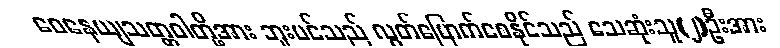
ဝေနေယျသတ္တဝါတို့အား ဘူးပင်သည် လွတ်မြောက်စေနိုင်သည် သေဆုံးသူ(၂)ဦးအား